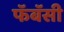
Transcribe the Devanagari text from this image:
फॅबॅसी